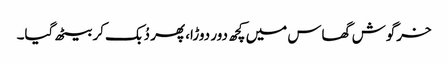
خرگوش گھاس میں کچھ دور دوڑا، پھر دُبک کر بیٹھ گیا۔